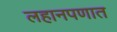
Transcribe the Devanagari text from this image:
लहानपणात